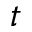
t